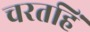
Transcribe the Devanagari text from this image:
चरतहिं